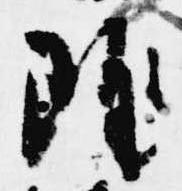
雖